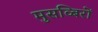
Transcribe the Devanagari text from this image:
मुसव्बिरों